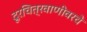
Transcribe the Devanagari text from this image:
दूरचित्रवाणीवरचे